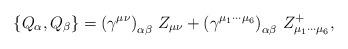
LaTeX: \begin{align*}\left\{ Q_\alpha ,Q_\beta \right\} =\left( \gamma ^{\mu \nu }\right)_{\alpha \beta }\,Z_{\mu \nu }+\left( \gamma ^{\mu _1\cdots \mu _6}\right)_{\alpha \beta }\,Z_{\mu _1\cdots \mu _6}^{+},\end{align*}